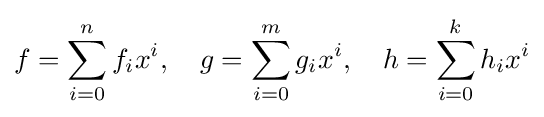
f=\sum \limits _{i=0}^{n}f_{i}x^{i},\ \ \ g=\sum \limits _{i=0}^{m}g_{i}x^{i},\ \ \ h=\sum \limits _{i=0}^{k}h_{i}x^{i}